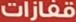
قفازات